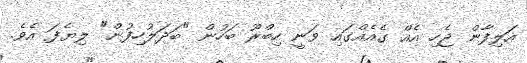
އަލިފާން ޖެހި އެއް ގެއެއްގައި ވަނީ ހިބްރޫ ބަހުން "ބަދަލުހިފުން" ލިޔެފަ އެވެ.